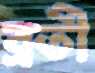
ব্রতী